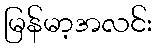
မြန်မာ့အလင်း